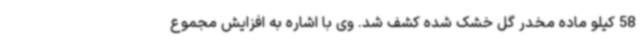
58 کیلو ماده مخدر گل خشک شده کشف شد. وی با اشاره به افزایش مجموع